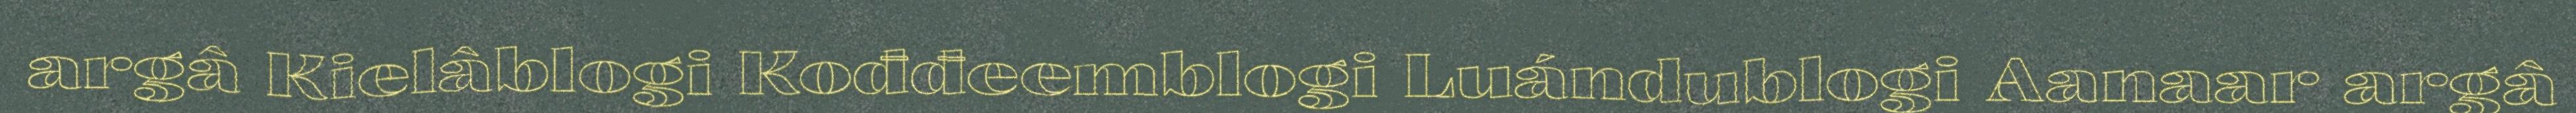
argâ Kielâblogi Kođđeemblogi Luándublogi Aanaar argâ